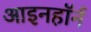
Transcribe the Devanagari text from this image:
आइनहॉर्न